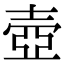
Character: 壺